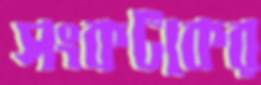
সংকটকের